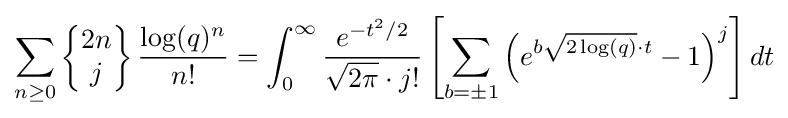
\sum _{n\geq 0}\left\{{\begin{matrix}2n\\j\end{matrix}}\right\}{\frac {\log(q)^{n}}{n!}}=\int _{0}^{\infty }{\frac {e^{-t^{2}/2}}{{\sqrt {2\pi }}\cdot j!}}\left[\sum _{b=\pm 1}\left(e^{b{\sqrt {2\log(q)}}\cdot t}-1\right)^{j}\right]dt